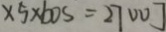
\times 5 \times 6 0 s = 2 7 0 0 J